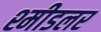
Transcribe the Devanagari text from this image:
श्मीडलर